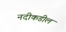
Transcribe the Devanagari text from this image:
नदीकडील